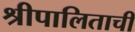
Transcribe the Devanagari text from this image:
श्रीपालिताची